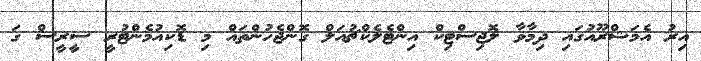
އިރު އެމަޝްރޫއުގައި ދިމާވާ ލޮޖިސްޓިކް އިންޓެލެކްޗުއަލް ގޮންޖެހުންތައް މި ޑޮކިއުމެންޓުރީ ސީރީސް ގަ